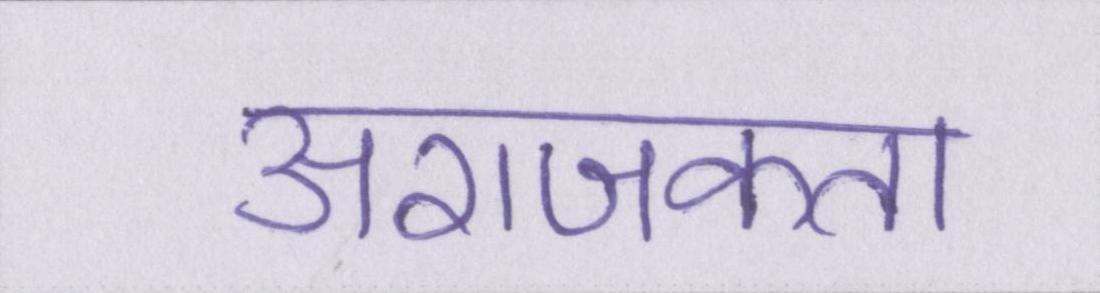
अराजकता